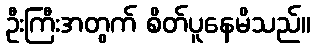
ဦးကြီးအတွက် စိတ်ပူနေမိသည်။